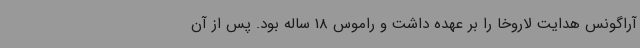
آراگونس هدایت لاروخا را بر عهده داشت و راموس 18 ساله بود. پس از آن